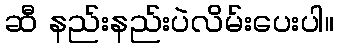
ဆီ နည်းနည်းပဲလိမ်းပေးပါ။